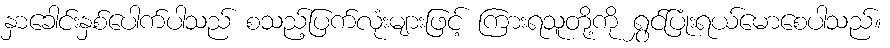
နှာခေါင်းနှစ်ပေါက်ပါသည် စသည့်ပြက်လုံးများဖြင့် ကြားရသူတို့ကို ရွှင်ပြုံးရယ်မောစေပါသည်။